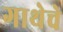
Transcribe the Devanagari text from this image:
गाथेचे